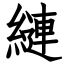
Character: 縺